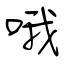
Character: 哦